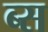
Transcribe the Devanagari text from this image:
ब्स